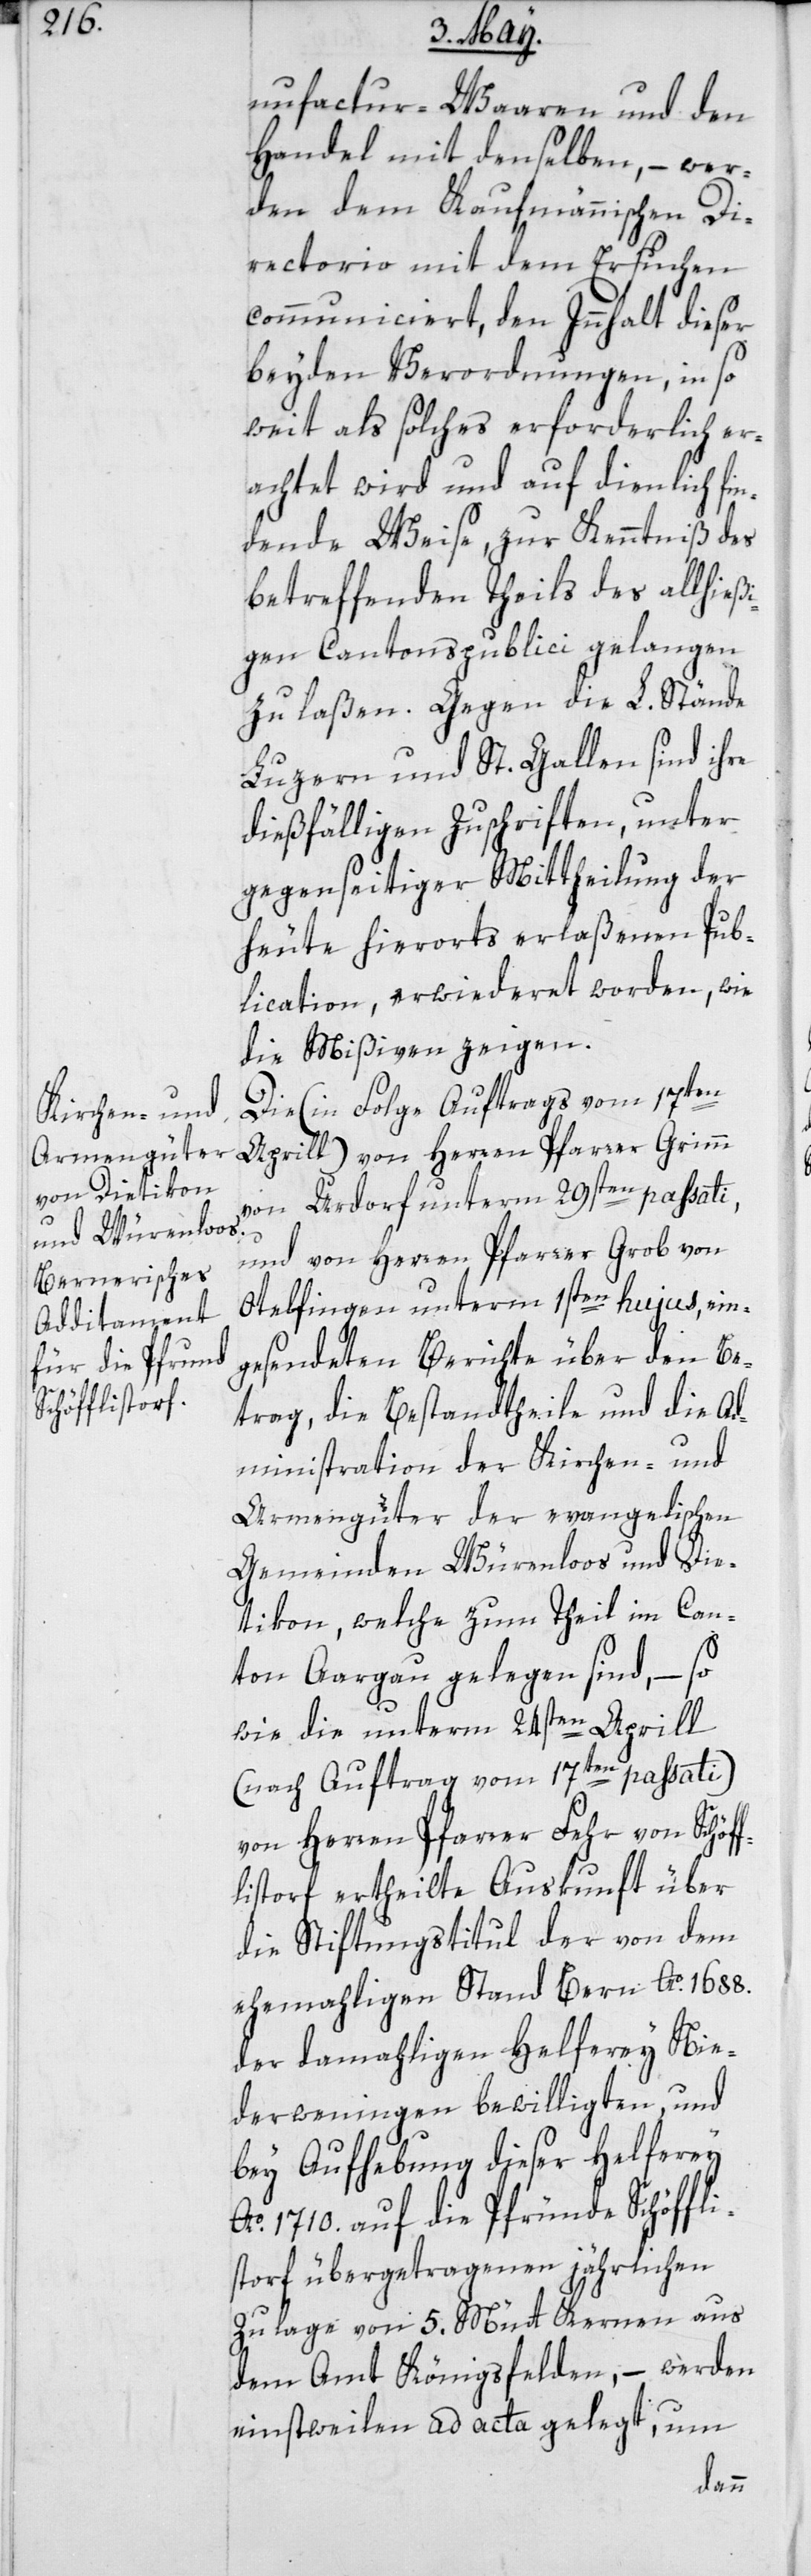
nufactur-Waaren und den
Handel mit denselben, – wer¬
den dem Kaufmännischen Di¬
rectorio mit dem Ersuchen
communiciert, den Innhalt dieser
beyden Verordnungen, in so
weit als solches erforderlich er¬
achtet wird und auf dienlich fin¬
dende Weise zur Kenntniß des
betreffenden Theils des allhießi¬
gen Cantonspublici gelangen
zu laßen. Gegen die L. Stände
Luzern und St. Gallen sind ihre
dießfälligen Zuschriften, unter
gegenseitiger Mittheilung der
heute hierorts erlaßenen Pub¬
lication, erwideret worden, wie
die Mißiven zeigen.
Die (in Folge Auftrags vom 17ten
Aprill) von Herren Pfarrer Grimm
von Urdorf unterm 29sten passati,
und von Herren Pfarrer Grob von
Otelfingen unterm 1sten hujus, ein¬
gesendeten Berichte über den Be¬
trag, die Bestandtheile und die Ad¬
ministration der Kirchen- und
Armengüter der evangelischen
Gemeinden Würenloos und Die¬
tikon, welche zum Theil im Can¬
ton Aargau gelegen sind, – so
wie die unterm 24sten Aprill
(nach Auftrag vom 17ten passati)
von Herren Pfarrer Fehr von Schöf¬
flistorf ertheilte Auskunft über
die Stiftungstitul der von dem
ehemaligen Stand Bern Ao. 1688.
der damahligen Helferey Nie¬
derweningen bewilligten, und
bey Aufhebung dieser Helferey
Ao. 1710. auf die Pfründe Schöffli¬
storf übergetragenen jährlichen
Zulage von 5. Mütt Kernen aus
dem Amt Königsfelden, – werden
einstweilen ad acta gelegt, um